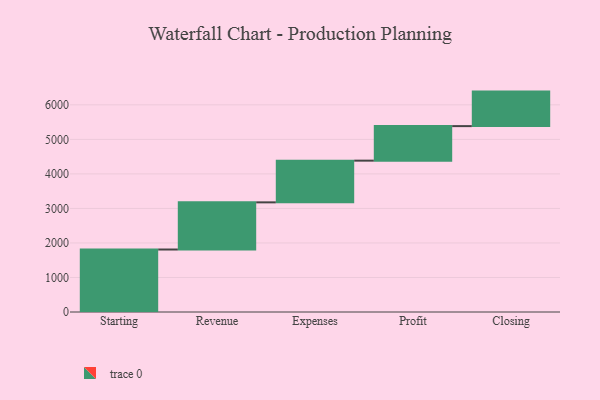
{"axis": {"x": "Step", "y": "Value"}, "legend": [""], "data": [{"x": "Starting", "y": 1810.0, "type": ""}, {"x": "Revenue", "y": 1366.0, "type": ""}, {"x": "Expenses", "y": 1208.0, "type": ""}, {"x": "Profit", "y": 1000, "type": ""}, {"x": "Closing", "y": 1000, "type": ""}]}